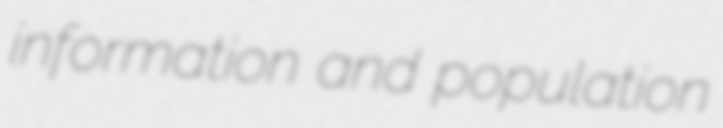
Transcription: information and population